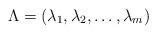
LaTeX: \begin{align*}\Lambda = \left( \lambda_1, \lambda_2, \ldots, \lambda_m \right)\end{align*}